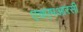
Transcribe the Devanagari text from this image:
एचएमआरसी